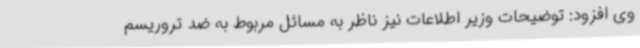
وی افزود: توضیحات وزیر اطلاعات نیز ناظر به مسائل مربوط به ضد تروریسم